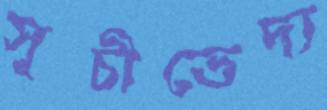
সূচীভেদ্য